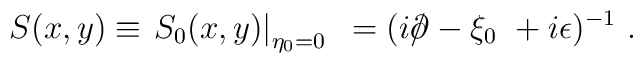
S (x,y) \equiv \left.  S_0 (x,y) \right|_{ \eta_0 = 0 } ~  = (i {\rlap/ \partial}              - \xi_0 ~ + i \epsilon )^{-1}~.